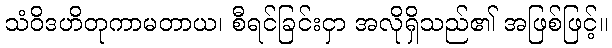
သံဝိဒဟိတုကာမတာယ၊ စီရင်ခြင်းငှာ အလိုရှိသည်၏ အဖြစ်ဖြင့်။